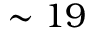
\sim 1 9